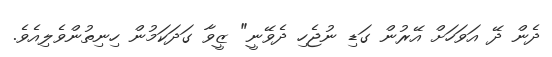
ދެން ދޭ އަވަހަށް އޭރުން ގަޑި ނުޖެހި ދެވޭނީ" ޒީވާ ގަދަކަމުން ހިނިތުންވެލިއެވެ.